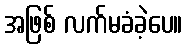
အဖြစ် လက်မခံခဲ့ပေ။